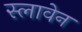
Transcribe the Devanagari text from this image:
स्लावेन